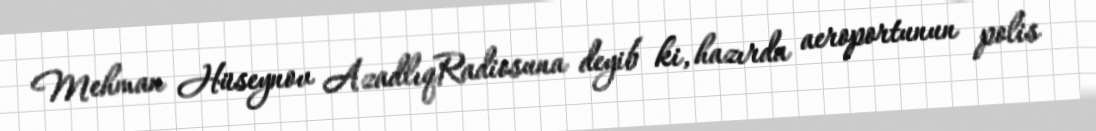
Mehman Hüseynov AzadlıqRadiosuna deyib ki, hazırda aeroportunun polis